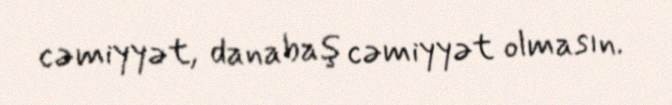
cəmiyyət, danabaş cəmiyyət olmasın.